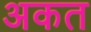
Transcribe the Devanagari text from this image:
अकत